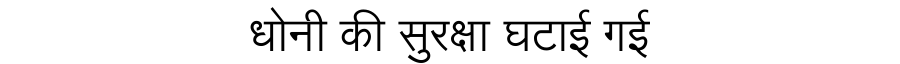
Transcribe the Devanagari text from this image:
धोनी की सुरक्षा घटाई गई